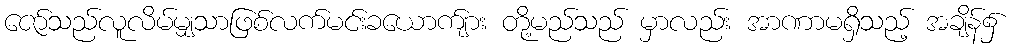
ဇော်သည်လူလိမ်မျှသာဖြစ်လက်မင်းခယောက်ျား တို့မည်သည် မှာလည်း အာဏာမရှိသည့် အချိန်၌